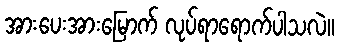
အားပေးအားမြောက် လုပ်ရာရောက်ပါသလဲ။